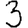
Digit: 3